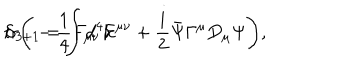
S _ { 3 + 1 } = \int d ^ { 4 } x \hspace { 1 m m } \mathrm { t r } \Bigg ( - \frac { 1 } { 4 } F _ { \mu \nu } F ^ { \mu \nu } + \frac { \mathrm { i } } { 2 } \bar { \Psi } \Gamma ^ { \mu } D _ { \mu } \Psi \Bigg ) ,